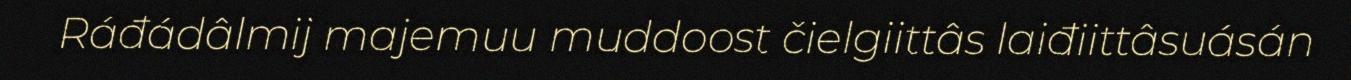
Ráđádâlmij majemuu muddoost čielgiittâs laiđiittâsuásán